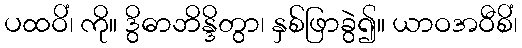
ပထဝိံ၊ ကို။ ဒွိဓာဘိန္ဒိတွာ၊ နှစ်ဖြာခွဲ၍။ ယာဝအဝီစိံ၊